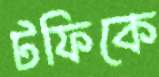
টফিকে